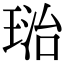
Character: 𤦮